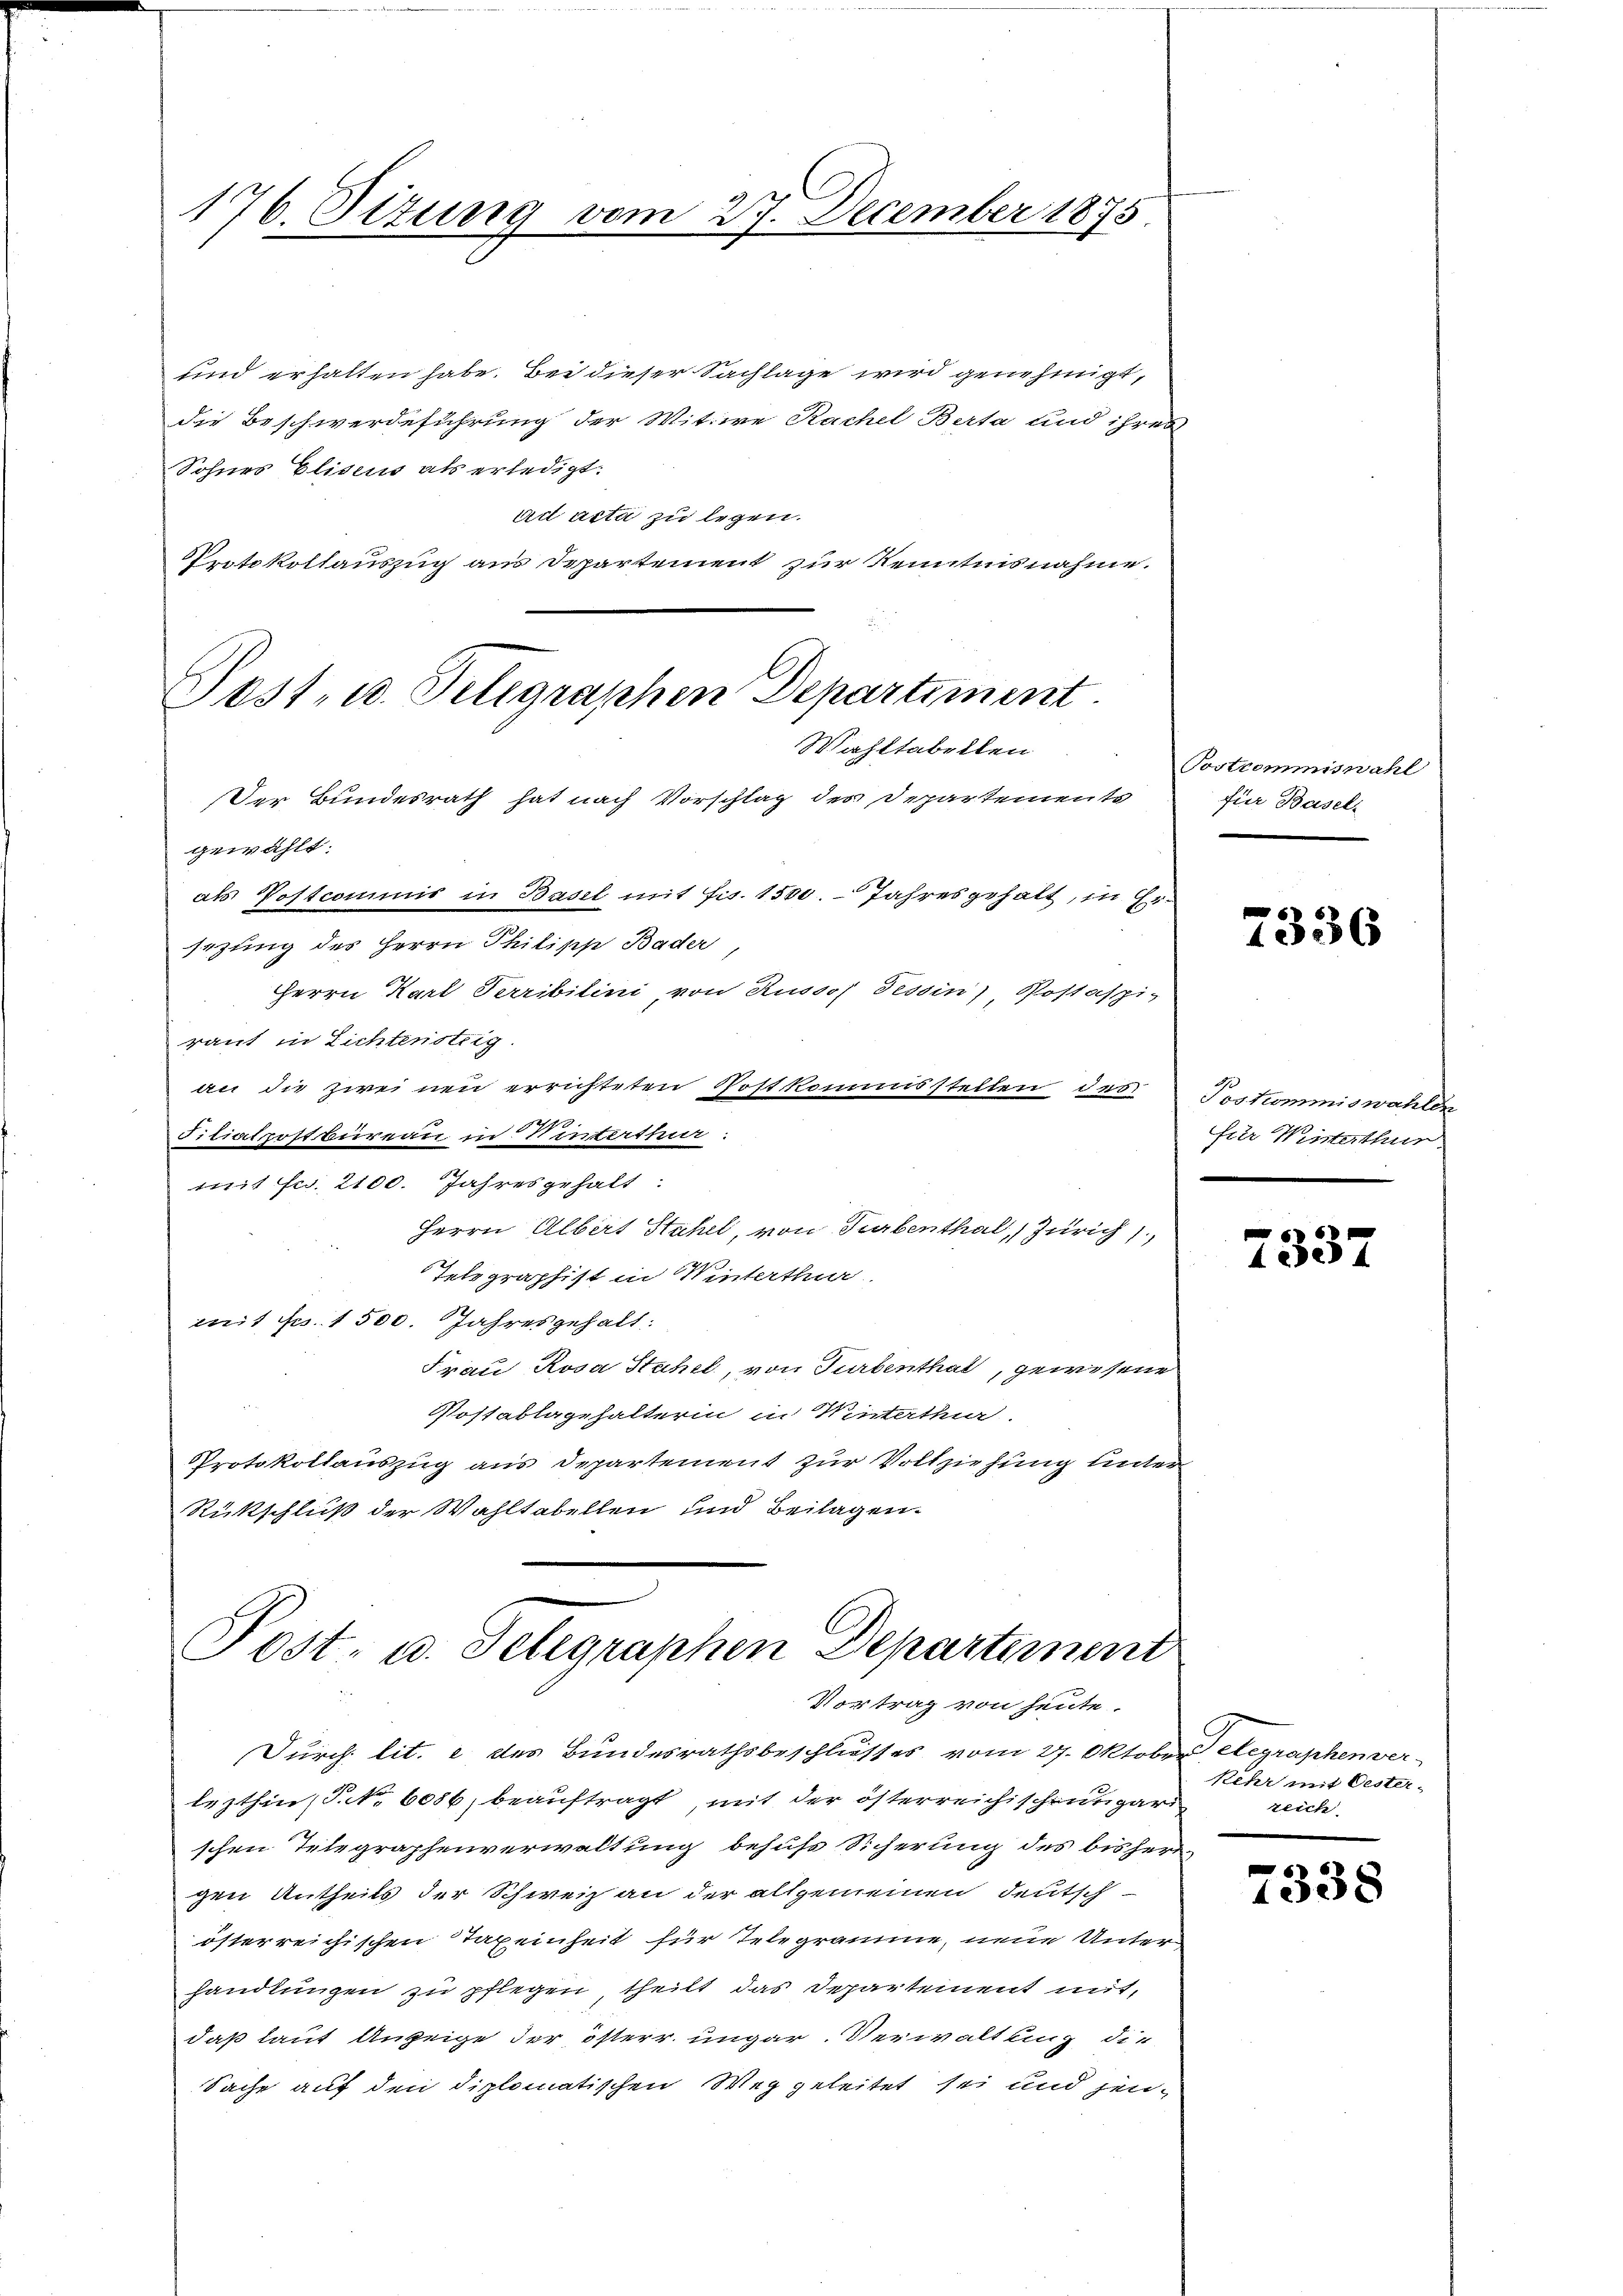
176. Situng vom 27. December 1875

sind erhalten habe. Bei dieser Sachlage wird genehmigt,
die Beschwerdeführung der Wittwe Rachel Berta und ihres
Sohnes Eliseus als erledigt.
act acta zu legen.
Protokollauszug aus Departement zur Kenntnisnahme.

Post- u. Telegraphen Departiment

Wahltabellen
Der Bundesrath hat nach Vorschlag des Departemente
gewählt:
als Postcommis in Basel mit Fis. 1500. Jahresgehalt, in Ersezung des Herrn Philipp Bader,
Herrn Karl Terribilini, von Russos Tessin Postaspiraut in Lichtensteig
an die zweinen errichteten Postkommisstellen des
2
Filialpostbureau in Winterthur:
t Fr. 2100. Jahresgehalt
Herrn Albert Stahel, von Turbenthal, Zürich),
Telegraphist in Winterthur
mit Fr. 1500. Jahresgehalt:
Frau Rosa Stahel, von Turbenthat, gewesene
Postablagehalterin in Winterthur
Protokollauszug aus Departement zur Vollziehung unter
Rückschluß der Wahltabellen und Beilagen.

Post- u. Telegraphen Departement
Vortrag von heute.

Durch lit. e des Bundesrathsbeschlusses vom 27. Oktober, Aegraphen ver-
lezthin (S. Nr. 6086 beauftragt, mit der österreichischen gar
schen Telegraphenverwaltung behufs Sicherung des bisher
gen Antheils der Schweiz an der allgemeinen deutsch
österreichischen Taxeinheit für Telegrame, neue Unter
handlungen zu pflegen, theilt das Departement mit,
daß laut Anzeige der österr. ungar. Verwaltung die
Sache auf den diplomatischen Weg geleitet sei und jen¬

Postrommiswahl
für Basel-
.

n
1336

Postcommiswahlen
für Winterthur

5
1537

Kehr mit Oester-
reich

7338